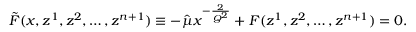
\tilde { F } ( x , z ^ { 1 } , z ^ { 2 } , \ldots , z ^ { n + 1 } ) \equiv - \hat { \mu } x ^ { - \frac { 2 } { Q ^ { 2 } } } + F ( z ^ { 1 } , z ^ { 2 } , \ldots , z ^ { n + 1 } ) = 0 .